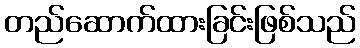
တည်ဆောက်ထားခြင်းဖြစ်သည်